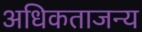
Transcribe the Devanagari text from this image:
अधिकताजन्य